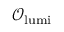
\mathcal { O } _ { \mathrm { l u m i } }